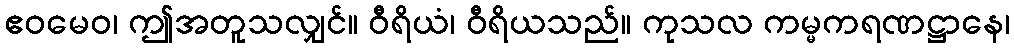
ဧဝမေဝ၊ ဤအတူသလျှင်။ ဝီရိယံ၊ ဝီရိယသည်။ ကုသလ ကမ္မကရဏဋ္ဌာနေ၊